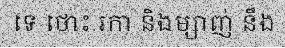
ទេ ថោះ រកា និងម្សាញ់ នឹង